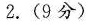
2.(9分)